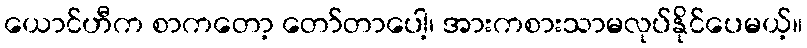
ယောင်ဟီက စာကတော့ တော်တာပေါ့၊ အားကစားသာမလုပ်နိုင်ပေမယ့်။